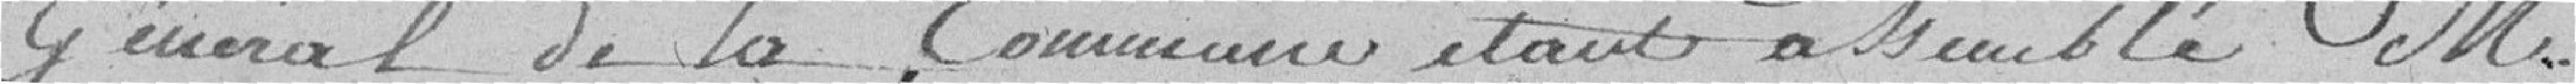
général de la commune étant assemblé, monsieur